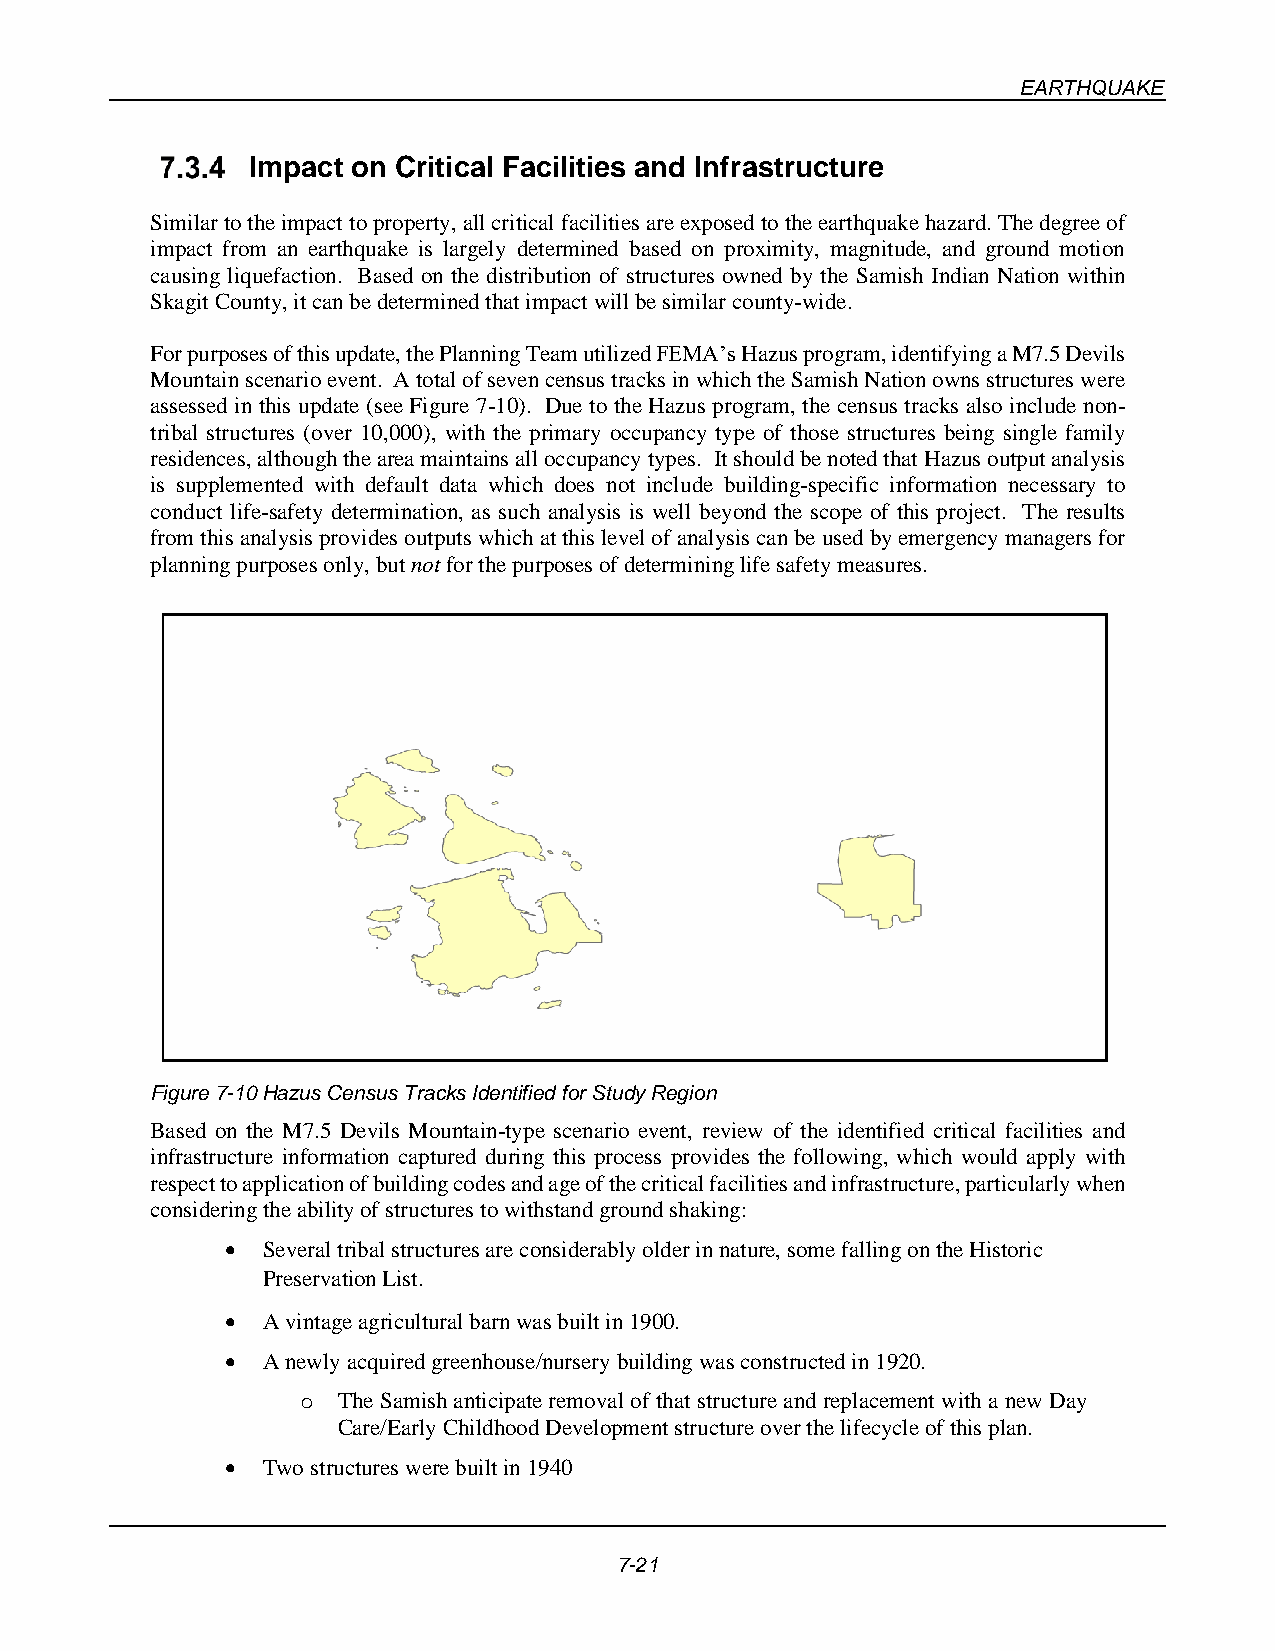
EARTHQUAKE
 Impact on Critical Facilities and Infrastructure
 Similar to the impact to property, all critical facilities are exposed to the earthquake hazard. The degree of
 impact from an earthquake is largely determined based on proximity, magnitude, and ground motion
 causing liquefaction. Based on the distribution of structures owned by the Samish Indian Nation within
 Skagit County, it can be determined that impact will be similar county-wide.
 For purposes of this update, the Planning Team utilized FEMA’s Hazus program, identifying a M7.5 Devils
 Mountain scenario event. A total of seven census tracks in which the Samish Nation owns structures were
 assessed in this update (see Figure 7-10). Due to the Hazus program, the census tracks also include non-
 tribal structures (over 10,000), with the primary occupancy type of those structures being single family
 residences, although the area maintains all occupancy types. It should be noted that Hazus output analysis
 is supplemented with default data which does not include building-specific information necessary to
 conduct life-safety determination, as such analysis is well beyond the scope of this project. The results
 from this analysis provides outputs which at this level of analysis can be used by emergency managers for
 planning purposes only, but not for the purposes of determining life safety measures.
 Figure 7-10 Hazus Census Tracks Identified for Study Region
 Based on the M7.5 Devils Mountain-type scenario event, review of the identified critical facilities and
 infrastructure information captured during this process provides the following, which would apply with
 respect to application of building codes and age of the critical facilities and infrastructure, particularly when
 considering the ability of structures to withstand ground shaking:
 • Several tribal structures are considerably older in nature, some falling on the Historic
 Preservation List.
 • A vintage agricultural barn was built in 1900.
 • A newly acquired greenhouse/nursery building was constructed in 1920.
 o The Samish anticipate removal of that structure and replacement with a new Day
 Care/Early Childhood Development structure over the lifecycle of this plan.
 • Two structures were built in 1940
 7-21